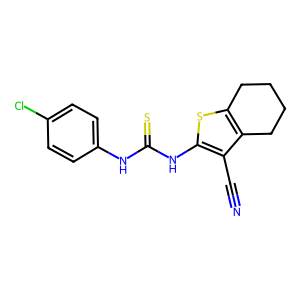
SMILES: N#Cc1c(NC(=S)Nc2ccc(Cl)cc2)sc2c1CCCC2
Inhibits HIV replication: No